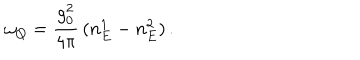
\omega _ { Q } = \frac { g _ { 0 } ^ { 2 } } { 4 \pi } \, ( n _ { E } ^ { 1 } - n _ { E } ^ { 2 } ) \, .